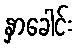
နှာခေါင်း